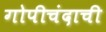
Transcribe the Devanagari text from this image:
गोपीचंदाची